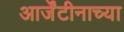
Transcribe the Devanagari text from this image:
आर्जेंटीनाच्या